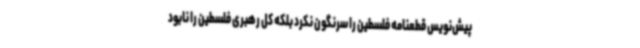
پیش‌نویس قطعنامه فلسطین را سرنگون نکرد بلکه کل رهبری فلسطین را نابود